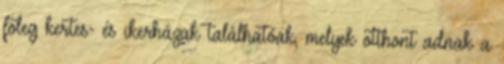
főleg kertes- és ikerházak találhatóak, melyek otthont adnak a